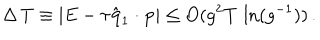
\Delta \, T \equiv | E - \tau \hat { { \bf q } } _ { 1 } \cdot { \bf p } | \leq O ( g ^ { 2 } T \, \ln ( g ^ { - 1 } ) ) \, .